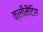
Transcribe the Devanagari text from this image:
क्लीमैटिस